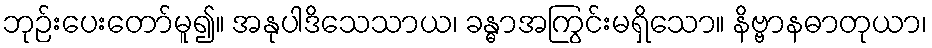
ဘုဉ်းပေးတော်မူ၍။ အနုပါဒိသေသာယ၊ ခန္ဓာအကြွင်းမရှိသော။ နိဗ္ဗာနဓာတုယာ၊